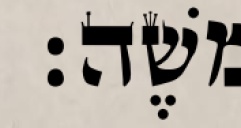
משֶׁה׃